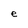
Character: e